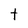
Character: t